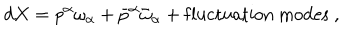
d X = p ^ { \alpha } \omega _ { \alpha } + \bar { p } ^ { \alpha } \bar { \omega } _ { \alpha } + \mathrm { f l u c t u a t i o n ~ m o d e s } ~ ,